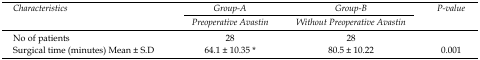
<table><thead><tr><td rowspan="3"><b>Characteristics</b></td><td><b>Group-A</b></td><td><b>Group-B</b></td><td rowspan="3"><b>P-value</b></td></tr><tr><td><b>Preoperative Avastin</b></td><td><b>Without Preoperative Avastin</b></td></tr></thead><tbody><tr><td>No of patients</td><td>28</td><td>28</td></tr><tr><td>Surgical time (minutes) Mean ± S.D</td><td>64.1 ± 10.35 *</td><td>80.5 ± 10.22</td><td>0.001</td></tr></tbody></table>